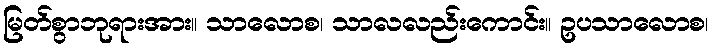
မြတ်စွာဘုရားအား။ သာလောစ၊ သာလလည်းကောင်း။ ဥပသာလောစ၊